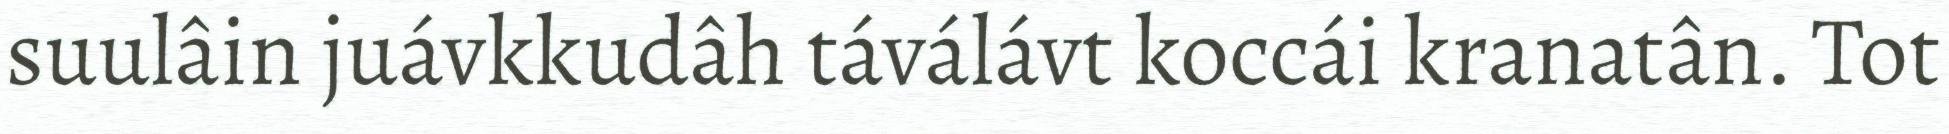
suulâin juávkkudâh táválávt koccái kranatân. Tot